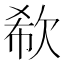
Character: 欷